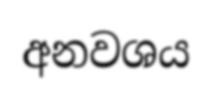
අනවශය